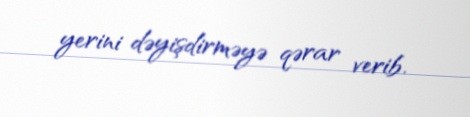
yerini dəyişdirməyə qərar verib.